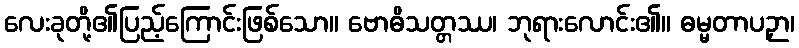
လေးခုတို့၏ပြည့်ကြောင်းဖြစ်သော။ ဗောဓိသတ္တဿ၊ ဘုရားလောင်း၏။ ဓမ္မတာပဉှာ၊